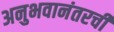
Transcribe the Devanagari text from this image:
अनुभवानंतरची